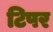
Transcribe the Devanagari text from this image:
टिपर